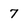
Character: 7